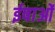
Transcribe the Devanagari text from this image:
ईषाओं